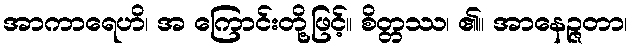
အာကာရေဟိ၊ အ ကြောင်းတို့ဖြင့်။ စိတ္တဿ၊ ၏။ အာနေဉ္ဇတာ၊